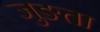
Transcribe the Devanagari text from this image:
जुङता